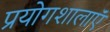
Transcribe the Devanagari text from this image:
प्रयोगशालाऍं